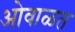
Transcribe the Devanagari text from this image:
ओवाळत